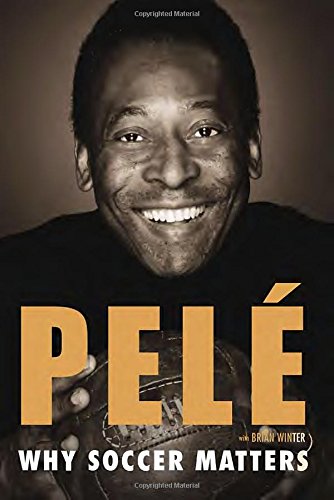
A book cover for Why Soccer Matters; PelÃ©; Sports & Outdoors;